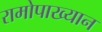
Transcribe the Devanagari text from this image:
रामोपाख्यान